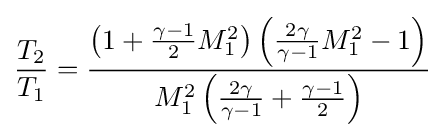
{\frac {T_{2}}{T_{1}}}={\frac {\left(1+{\frac {\gamma -1}{2}}M_{1}^{2}\right)\left({\frac {2\gamma }{\gamma -1}}M_{1}^{2}-1\right)}{M_{1}^{2}\left({\frac {2\gamma }{\gamma -1}}+{\frac {\gamma -1}{2}}\right)}}